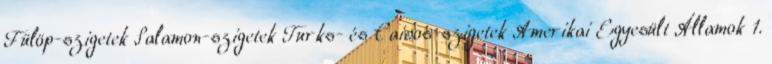
Fülöp-szigetek Salamon-szigetek Turks- és Caicos-szigetek Amerikai Egyesült Államok 1.